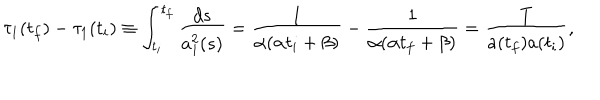
\tau _ { 1 } ( t _ { f } ) - \tau _ { 1 } ( t _ { i } ) \equiv \int _ { t _ { i } } ^ { t _ { f } } \frac { d s } { a _ { 1 } ^ { 2 } ( s ) } = \frac { 1 } { \alpha ( \alpha t _ { i } + \beta ) } - \frac { 1 } { \alpha ( \alpha t _ { f } + \beta ) } = \frac { T } { a ( t _ { f } ) a ( t _ { i } ) } ,